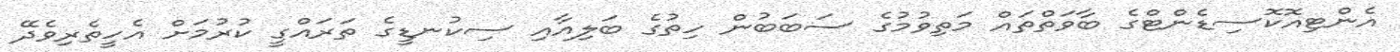
އެންޓިއޮކޮސިޑެންޓްގެ ބާވަތްތައް މަތިވުމުގެ ސަބަބުން ހިތުގެ ބަލިއާއި ސިކުނޑީގެ ތަރައްގީ ކުރުމަށް އެހީތެރިވެދޭ